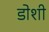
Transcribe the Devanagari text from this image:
डोशी